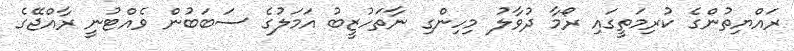
ރައްޔިތުންގެ ކުރިމަތީގައި ރޯމާ ދުވާލު މިހިންގި ނާތަހުޒީބު އަމަލުގެ ސަބަބުން ވެއްޓުނީ ރާއްޖޭގެ